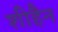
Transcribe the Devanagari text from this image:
शीहैन